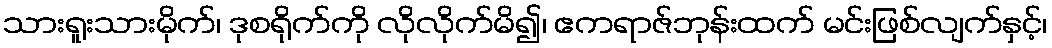
သားရူးသားမိုက်၊ ဒုစရိုက်ကို လိုလိုက်မိ၍၊ ဧကရာဇ်ဘုန်းထက် မင်းဖြစ်လျက်နှင့်၊